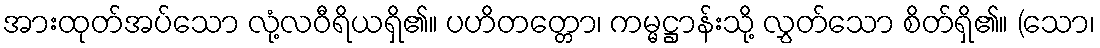
အားထုတ်အပ်သော လုံ့လဝီရိယရှိ၏။ ပဟိတတ္တော၊ ကမ္မဋ္ဌာန်းသို့ လွှတ်သော စိတ်ရှိ၏။ (သော၊